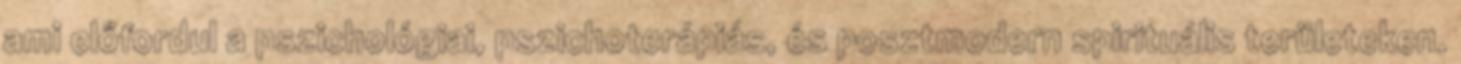
ami előfordul a pszichológiai, pszichoterápiás, és posztmodern spirituális területeken.